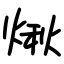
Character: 煍